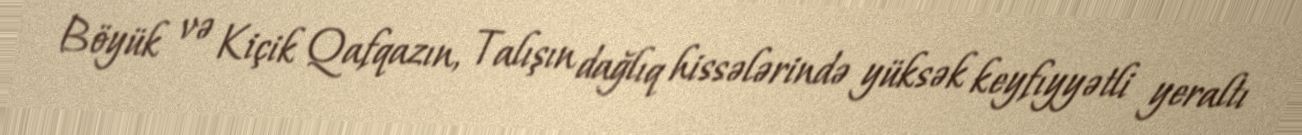
Böyük və Kiçik Qafqazın, Talışın dağlıq hissələrində yüksək keyfıyyətli yeraltı